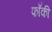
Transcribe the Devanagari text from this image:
फाँकी